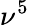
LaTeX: \nu^{5}